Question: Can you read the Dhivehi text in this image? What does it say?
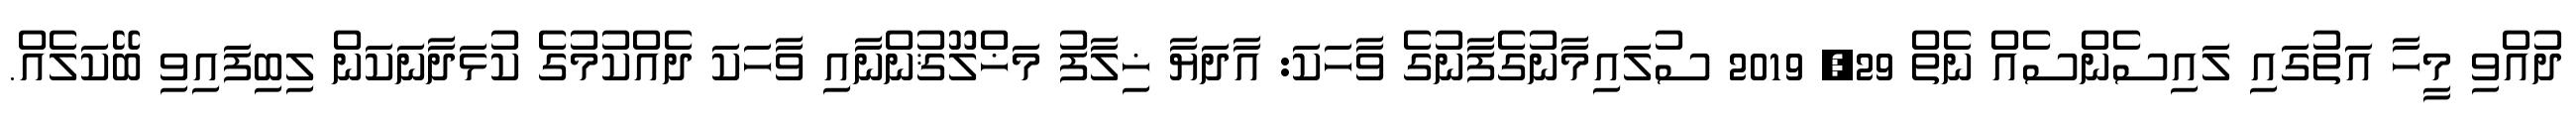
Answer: ދުއްވި މީހާ އަތުގައި ލައިސެންސެއް ނެތް 29, 2019 ސުލައިމާނުގެފާނުގެ ވާހަކަ: އާދަޔާ ޚިލާފު މަޚްލޫޤުންނާއި ވާހަކަ ދެއްކުމުގެ ކުޅަދާނަކަން ލިބިފައިވި ބޭކަލެއް.